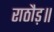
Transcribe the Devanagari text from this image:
राठौड़॥